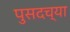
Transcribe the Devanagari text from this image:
पुसदच्या